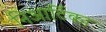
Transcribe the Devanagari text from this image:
निआर्टिका